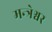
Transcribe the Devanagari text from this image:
मन्त्रेश्वर